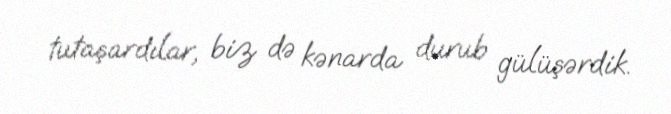
tutaşardılar, biz də kənarda durub gülüşərdik.